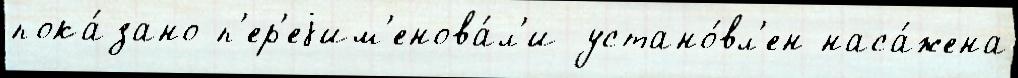
пока́зано п'ер'еjим'енова́л'и устано́вл'ен наса́жена